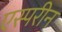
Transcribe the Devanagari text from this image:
एस्परीन